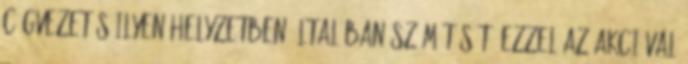
cégvezetés ilyen helyzetben általában számít sőt, ezzel az akcióval